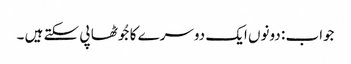
جواب : دونوں ایک دوسرے کا جُوٹھا پی سکتے ہیں ۔